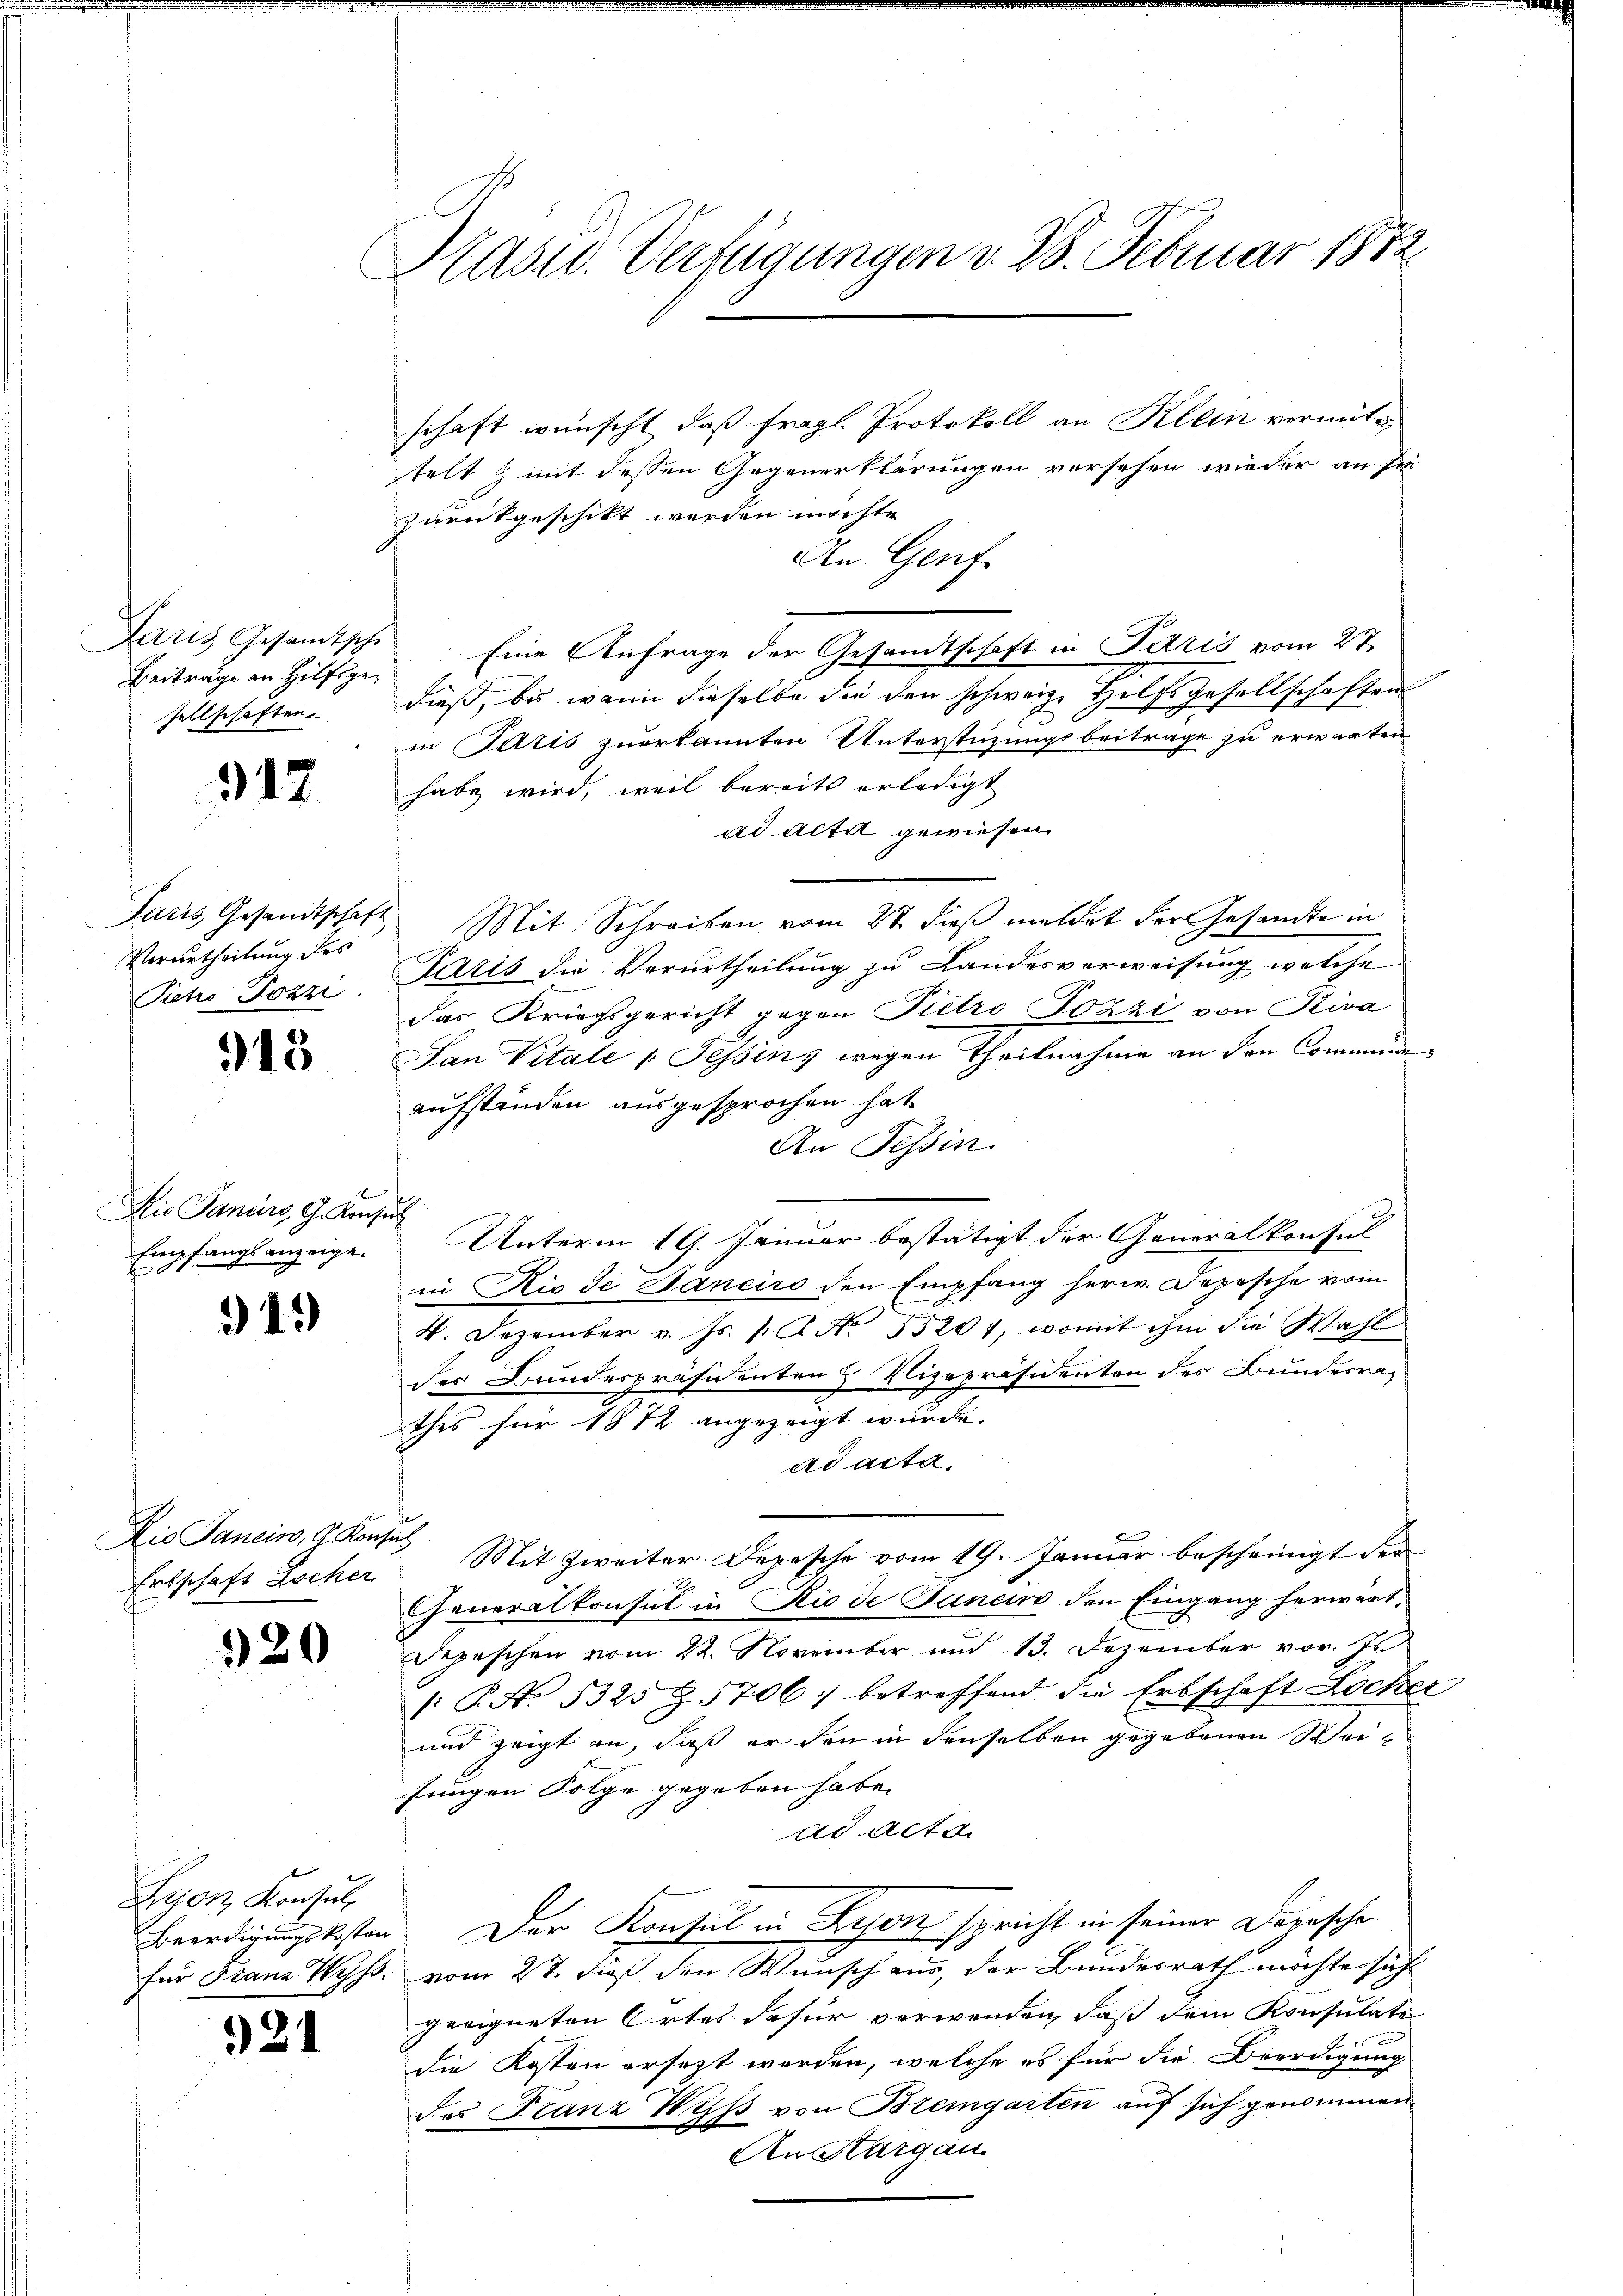
Paris Gesandtsche
Beiträge an Hilfsgesellschaften.

317

Verurtheilung des
Pietro Pozzi

915

Kio Sancirs, G. Konsul
Empfangsanzeige.

919)

Dio Janein, 9. Konsul
Ertschaft Locher

320

Bejon Konsul

21

Präsid. Verfügungen v. 28. Februar 1872.

schaft wünscht, daß fragl. Protokoll an Klein vermite
telt & mit dessen Gegenerklärungen versehen wieder an sei
zurückgeschikt werden möchte.
An Genf.
Eine Anfrage der Gesandtschaft in Paris vom 27.
dieß, bis wenn dieselbe die den schweiz. Hilfsgesellschaften
in Paris zuerkannten Unterstüzungsbeitrage zu erwarten
habe wird, weil bereits erledigt
ad acta gewiesen.
Paris Gesandtschaft Mit Schreiben vom 27. dieß meldet der Gesandte in
Paris die Verurtheilung zu Landesverweisung welche
das Kriegsgericht gegen Pietro Pozzi von Riva
San Vitale v. Tessins wegen Theilnahme an den Communaufständen ausgesprochen hat.
An Tessin
Unterm 19. Januar bestätigt der Generalkonsul
in Nie de Janeiro den Empfang herw. Depesche vom
4. Dezember v. Js. s. R. No. 55201, womit ihm die Wahl
des Bundespräsidenten & Vicepräsidenten des Bundesrad
thes für 1872 angezeigt wurde.
ad acta.
Mit Zweiter. Depesche vom 19. Januar bescheinigt der
Generalkonsul in Rio de Junein den Eingang herwärt¬
Depeschen vom 22. November und 13. Dezember vor. Js.
: P. Nr. 5325 § 5706. betreffend die Erbschaft Locher
und zeigt an, daß er den in denselben gegebenen Wei¬
Jungen Folge gegeben habe.
ad Acta.
Beerdigungskosten. Der Konsul in Lyon spricht in seiner Darasche
für Franz Wyss, vom 27. dieß den Wunsch aus, der Bundesrath möchte sich
geeigneten Ortes dafür verwenden, daß dem Konsulate
die Kosten ersezt werden, welche es für die Beerdigung
des Franz Wyss von Bremgarten auf sich genommen
An Thurgau